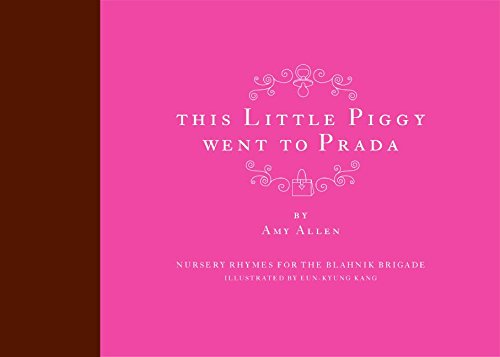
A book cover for This Little Piggy Went to Prada: Nursery Rhymes for the Blahnik Brigade; Amy Allen; Humor & Entertainment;